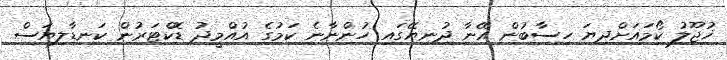
ޚުޖޫލު ކޯމައަށްދިޔަ ހިސާބުން އޭނާ ދުނިޔޭގައި ހުންނާނެ ކަމުގެ އުއްމީދު ޑޮކްޓަރުން ކަނޑާލިޔަސް